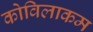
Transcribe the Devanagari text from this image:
कोविलाकम